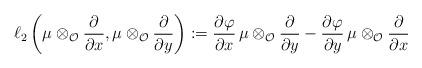
LaTeX: \begin{align*} \ell_2\left(\mu\otimes_\mathcal O \dfrac{\partial}{\partial x},\mu\otimes_\mathcal O \dfrac{\partial}{\partial y}\right):=\frac{\partial\varphi}{\partial x}\,\mu\otimes_\mathcal O \dfrac{\partial}{\partial y}-\frac{\partial\varphi}{\partial y}\,\mu\otimes_\mathcal O \dfrac{\partial}{\partial x}\end{align*}